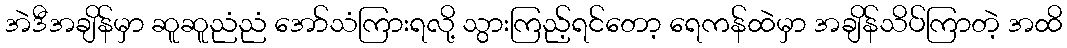
အဲဒီအချိန်မှာ ဆူဆူညံညံ အော်သံကြားရလို့ သွားကြည့်ရင်တော့ ရေကန်ထဲမှာ အချိန်သိပ်ကြာတဲ့ အထိ